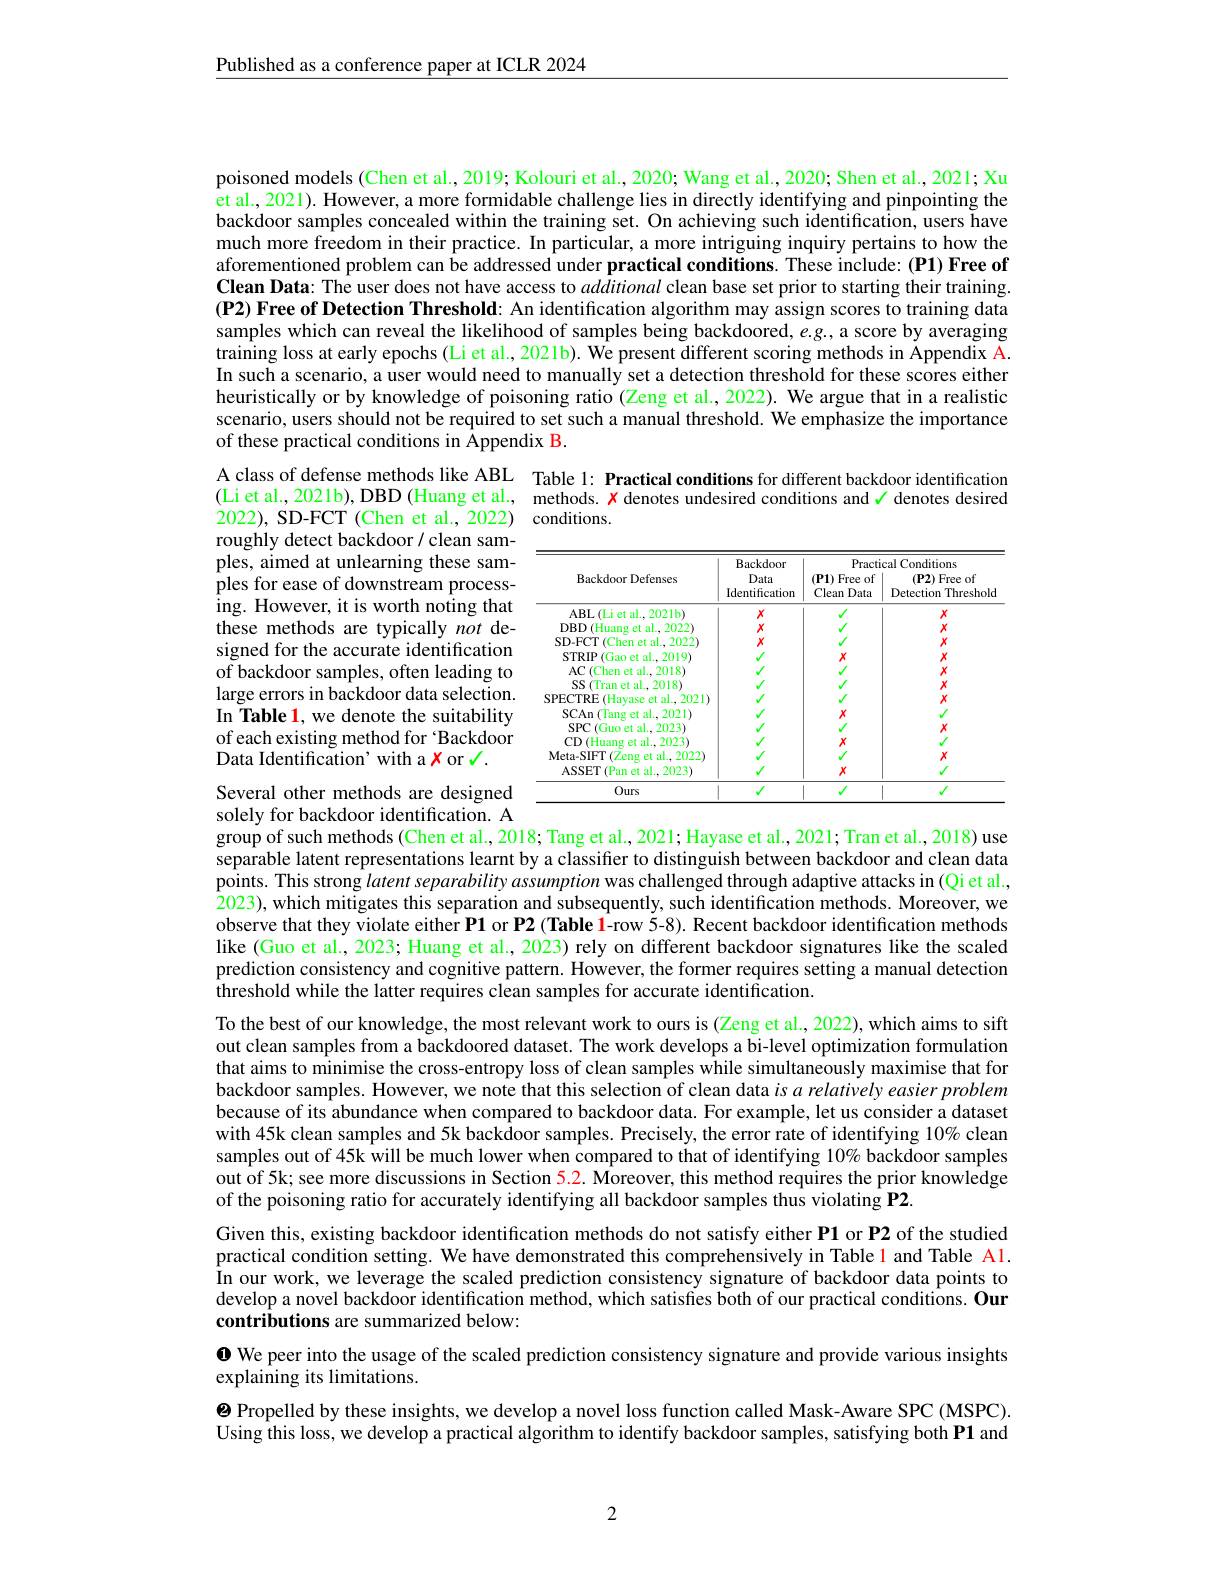
Published as a conference paper at ICLR 2024

poisoned models (Chen et al., 2019; Kolouri et al., 2020; Wang et al., 2020; Shen et al., 2021; Xu $\hat{\text{et al., 2021). However, a more formidable challenge lies in directly identifying and pinpointing the}}$ backdoor samples concealed within the training set. On achieving such identification, users have much more freedom in their practice. In particular, a more intriguing inquiry pertains to how the aforementioned problem can be addressed under practical conditions. These include: (P1) Free of Clean Data: The user does not have access to additional clean base set prior to starting their training. (P2) Free of Detection Threshold: An identification algorithm may assign scores to training data samples which can reveal the likelihood of samples being backdoored, $e.g.$, a score by averaging training loss at early epochs (Li et al., 2021b). We present different scoring methods in Appendix A. In such a scenario, a user would need to manually set a detection threshold for these scores either heuristically or by knowledge of poisoning ratio (Zeng et al., 2022). We argue that in a realistic scenario, users should not be required to set such a manual threshold. We emphasize the importance of these practical conditions in Âppendix B.

A class of defense methods like ABL Table 1: Practical conditions for different backdoor identification
methods. $\color{red}{x}$ denotes undesired conditions and √ denotes desired
2022), SD-FCT (Chen et al., 2022) conditions.

(Li et al., 2021b), DBD (Huang et al., roughly detect backdoor/ clean samples, aimed at unlearning these samples for ease of downstream processing. However, it is worth noting that these methods are typically not designed for the accurate identification of backdoor samples, often leading to large errors in backdoor data selection. In Table 1, we denote the suitability of each existing method for Backdoor Data Identification' with a $\color{red}{x}$ or $\color{blue}{\checkmark}.$

<table>
	<tbody>
		<tr>
			<th rowspan="2">Backdoor Defenses</th>
			<th rowspan="2">$\mathbf{Backdoor}$ Data Identification</th>
			<th colspan="2">Practical Conditions</th>
		</tr>
		<tr>
			<th>$(\mathbf{P1})$ Free of 1 Clean Data</th>
			<th>$(\mathbf{P}2)$ Free of Detection $\textbf{Threshold}$ 1</th>
		</tr>
		<tr>
			<td>ABL$\left ( \mathrm{Li~et~al. }\right )$ $2021b$</td>
			<td>$X$</td>
			<td> </td>
			<td>$X$</td>
		</tr>
		<tr>
			<td>DBD (Huang et al., 2022)</td>
			<td> </td>
			<td> </td>
			<td>$X$</td>
		</tr>
		<tr>
			<td>(Chen et al., 2022] SD- FCT</td>
			<td>$X$</td>
			<td> </td>
			<td>$X$</td>
		</tr>
		<tr>
			<td>STRIP (Gao et al., 2019)</td>
			<td> </td>
			<td> </td>
			<td>$X$</td>
		</tr>
		<tr>
			<td>AC(Chen et al..2018)</td>
			<td> </td>
			<td> </td>
			<td>$X$</td>
		</tr>
		<tr>
			<td>SS (Tran et al.,2018) N</td>
			<td> </td>
			<td> </td>
			<td>$X$</td>
		</tr>
		<tr>
			<td>(Havase et al.2021) SPECTRE</td>
			<td> </td>
			<td> </td>
			<td>$X$</td>
		</tr>
		<tr>
			<td>$\operatorname{SCAn}($Tang et al.,2021)</td>
			<td> </td>
			<td>$X$</td>
			<td> </td>
		</tr>
		<tr>
			<td>$SPC($ (Guo et al., 2023)</td>
			<td> </td>
			<td> </td>
			<td>$X$</td>
		</tr>
		<tr>
			<td>CD$\left(\mathrm{Huang~et~al.,2023}\right)$</td>
			<td> </td>
			<td>$X$</td>
			<td> </td>
		</tr>
		<tr>
			<td>Meta-SIFT (Zeng et al., 2022) T</td>
			<td> </td>
			<td> </td>
			<td>$X$</td>
		</tr>
		<tr>
			<td>ASSET(Pan et al.,2023)</td>
			<td> </td>
			<td>$X$</td>
			<td> </td>
		</tr>
		<tr>
			<td>Ours</td>
			<td> </td>
			<td> </td>
			<td> </td>
		</tr>
	</tbody>
</table>

Several other methods are designed solely for backdoor identification. A group of such methods (Chen et al., 2018; Tang et al., 2021; Hayase et al., 2021; Tran et al., 2018) use

separable latent representations learnt by a classiffer to distinguish between backdoor and clean data points. This strong latent separability assumption was challenged through adaptive attacks in (Qi et al., $\hat{2}023)$, which mitigates this separation and subsequently, such identification methods. Moreover, we observe that they violate either P1 or P2 (Table 1-row 5-8). Recent backdoor identification methods like (Guo et al., 2023; Huang et al., 2023) rely on different backdoor signatures like the scaled prediction consistency and cognitive pattern. However, the former requires setting a manual detection threshold while the latter requires clean samples for accurate identification.

To the best of our knowledge, the most relevant work to ours is (Zeng et al., 2022), which aims to sift out clean samples from a backdoored dataset. The work develops a bi-level optimization formulation that aims to minimise the cross-entropy loss of clean samples while simultaneously maximise that for backdoor samples. However, we note that this selection of clean data $isa\textit{relatively easier problem}$ because of its abundance when compared to backdoor data. For example, let us consider a dataset with 45k clean samples and 5k backdoor samples. Precisely, the error rate of identifying $10\%$ clean samples out of 45k will be much lower when compared to that of identifying $10\%$ backdoor samples out of 5k; see more discussions in Section 5.2. Moreover, this method requires the prior knowledge of the poisoning ratio for accurately identifying all backdoor samples thus violating P2.
Given this, existing backdoor identification methods do not satisfy either P1 or P2 of the studied practical condition setting. We have demonstrated this comprehensively in Table l and Table Al. In our work, we leverage the scaled prediction consistency signature of backdoor data points to develop a novel backdoor identification method, which satisfies both of our practical conditions. Our contributions are summarized below:
$\mathbf{0}$ We peer into the usage of the scaled prediction consistency signature and provide various insights
explaining its limitations.
$\textcircled{2}$ Propelled by these insights, we develop a novel loss function called Mask-Aware SPC (MSPC). Using this loss, we develop a practical algorithm to identify backdoor samples, satisfying both P1 and

2